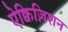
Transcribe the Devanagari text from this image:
ऐक्विज़िशन